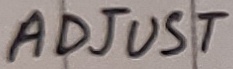
Text: ADJUST